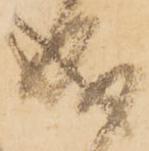
成